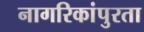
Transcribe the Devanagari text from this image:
नागरिकांपुरता